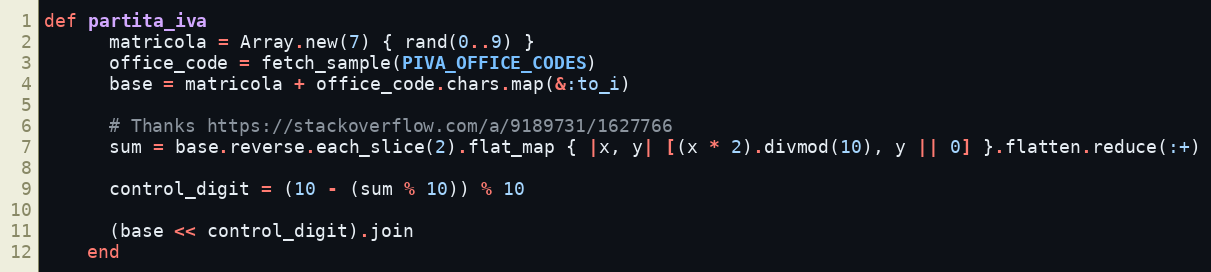
Language: Ruby
def partita_iva
      matricola = Array.new(7) { rand(0..9) }
      office_code = fetch_sample(PIVA_OFFICE_CODES)
      base = matricola + office_code.chars.map(&:to_i)

      # Thanks https://stackoverflow.com/a/9189731/1627766
      sum = base.reverse.each_slice(2).flat_map { |x, y| [(x * 2).divmod(10), y || 0] }.flatten.reduce(:+)

      control_digit = (10 - (sum % 10)) % 10

      (base << control_digit).join
    end